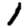
Digit: 1